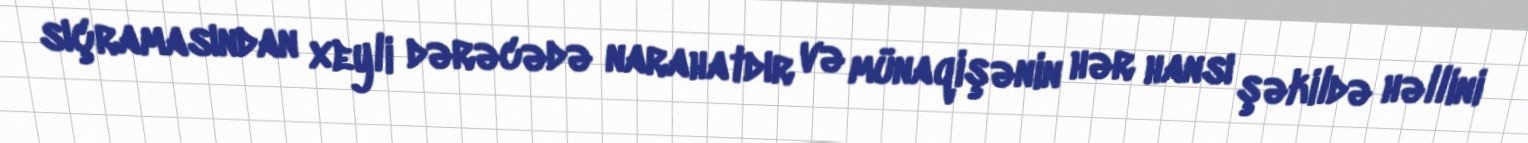
sıçramasından xeyli dərəcədə narahatdır və münaqişənin hər hansı şəkildə həllini